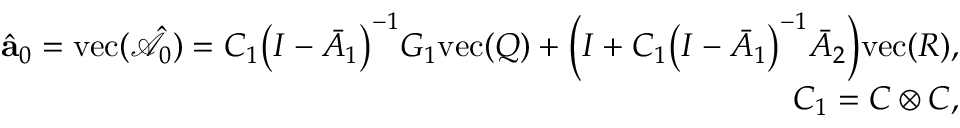
\begin{array} { r } { \hat { \mathbf { a } } _ { 0 } = \mathrm { v e c } ( \hat { \mathcal { A } } _ { 0 } ) = C _ { 1 } \big ( I - \bar { A } _ { 1 } \big ) ^ { - 1 } G _ { 1 } \mathrm { v e c } ( Q ) + \Big ( I + C _ { 1 } \big ( I - \bar { A } _ { 1 } \big ) ^ { - 1 } \bar { A } _ { 2 } \Big ) \mathrm { v e c } ( R ) , } \\ { C _ { 1 } = C \otimes C , } \end{array}